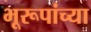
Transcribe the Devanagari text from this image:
भूरूपांच्या